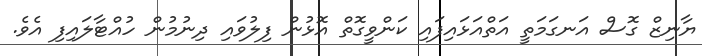
ޔާނިޒް ގޮސް އަނގަމަތީ އަތްއަޅައިފައި ކަންވީގޮތް އޮޅުން ފިލުވައި ދިނުމުން ހުއްޓާލައިފި އެވެ.